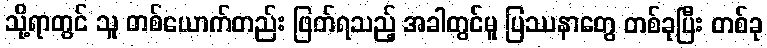
သို့ရာတွင် သူ တစ်ယောက်တည်း ဖြတ်ရသည့် အခါတွင်မူ ပြဿနာတွေ တစ်ခုပြီး တစ်ခု